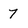
Character: 7